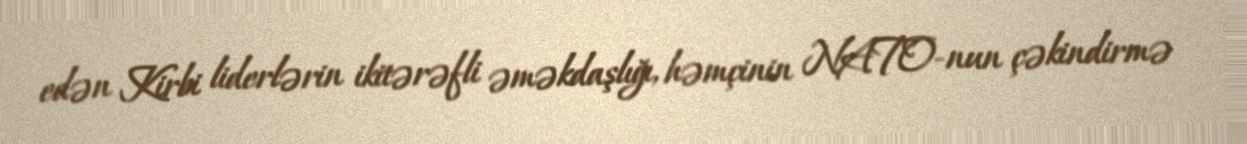
edən Kirbi liderlərin ikitərəfli əməkdaşlığı, həmçinin NATO-nun çəkindirmə